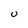
Character: U